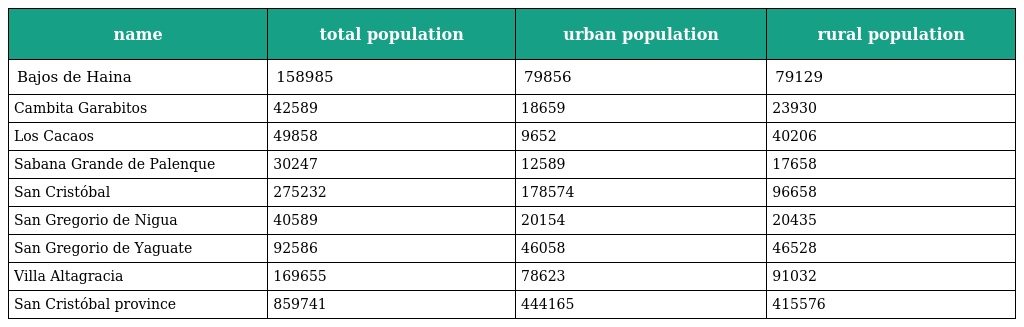
| name | total population | urban population | rural population |
 | --- | --- | --- | --- |
 | Bajos de Haina | 158985 | 79856 | 79129 |
 | Cambita Garabitos | 42589 | 18659 | 23930 |
 | Los Cacaos | 49858 | 9652 | 40206 |
 | Sabana Grande de Palenque | 30247 | 12589 | 17658 |
 | San Cristóbal | 275232 | 178574 | 96658 |
 | San Gregorio de Nigua | 40589 | 20154 | 20435 |
 | San Gregorio de Yaguate | 92586 | 46058 | 46528 |
 | Villa Altagracia | 169655 | 78623 | 91032 |
 | San Cristóbal province | 859741 | 444165 | 415576 |